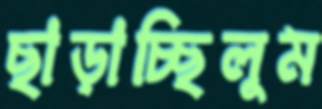
ছাড়াচ্ছিলুম